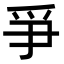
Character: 爭